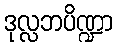
ဒုလ္လဘပိဏ္ဍာ